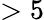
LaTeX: >5